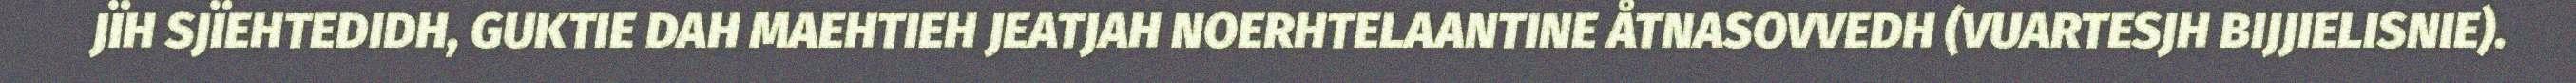
JÏH SJÏEHTEDIDH, GUKTIE DAH MAEHTIEH JEATJAH NOERHTELAANTINE ÅTNASOVVEDH (VUARTESJH BIJJIELISNIE).